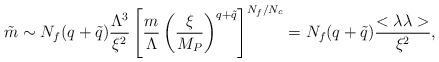
LaTeX: \begin{align*}\tilde m \sim N_f (q+ \tilde q) {\Lambda^3 \over \xi^2} \left[ {m \over \Lambda} \left( {\xi \over M_P}\right)^{q+ \tilde q} \right]^{N_f / N_c} = N_f (q +\tilde q) {<\lambda \lambda> \over \xi^2},\end{align*}